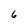
Character: 6